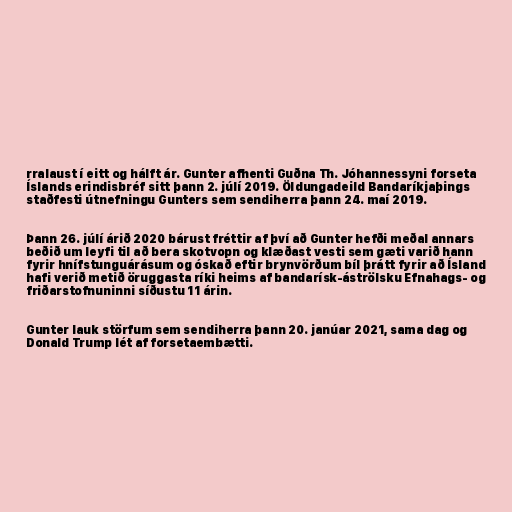
rralaust í eitt og hálft ár. Gunter afhenti Guðna Th. Jóhannessyni forseta
Íslands erindisbréf sitt þann 2. júlí 2019. Öldungadeild Bandaríkjaþings
staðfesti útnefningu Gunters sem sendiherra þann 24. maí 2019.

Þann 26. júlí árið 2020 bárust fréttir af því að Gunter hefði meðal annars
beðið um leyfi til að bera skotvopn og klæðast vesti sem gæti varið hann
fyrir hnífstunguárásum og óskað eftir brynvörðum bíl þrátt fyrir að Ísland
hafi verið metið öruggasta ríki heims af bandarísk-áströlsku Efnahags- og
friðarstofnuninni síðustu 11 árin.

Gunter lauk störfum sem sendiherra þann 20. janúar 2021, sama dag og
Donald Trump lét af forsetaembætti.